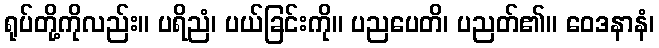
ရုပ်တို့ကိုလည်း။ ပရိညံ၊ ပယ်ခြင်းကို။ ပညပေတိ၊ ပညတ်၏။ ဝေဒနာနံ၊